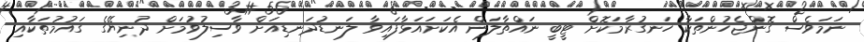
ނަމަވެސް ގޮންޖެހުންތަކާ ހަނގުރާމަކޮށް ޓީބީ ނައްތާލަން އެކަށައަޅާފައިވާ ލަނޑުދަނޑިއަށް ވާސިލުވުމަށް ދުނިޔޭގެ ގައުމުތަކާއި